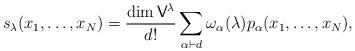
LaTeX: \begin{align*}s_\lambda(x_1,\dots,x_N) = \frac{\dim \mathsf{V}^\lambda}{d!} \sum_{\alpha \vdash d} \omega_\alpha(\lambda) p_\alpha(x_1,\dots,x_N),\end{align*}